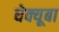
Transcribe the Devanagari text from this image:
धेक्यूबा